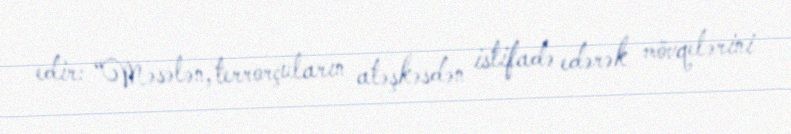
edir: “Məsələn, terrorçuların atəşkəsdən istifadə edərək mövqelərini